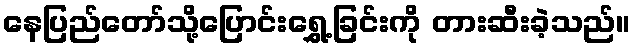
နေပြည်တော်သို့ပြောင်းရွှေ့ခြင်းကို တားဆီးခဲ့သည်။